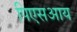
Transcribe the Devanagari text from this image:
पिएसआय